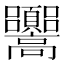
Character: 𩫳